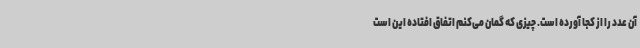
آن عدد را از کجا آورده است. چیزی که گمان می‌کنم اتفاق افتاده این است